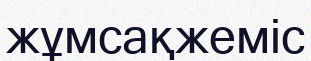
жұмсақжеміс